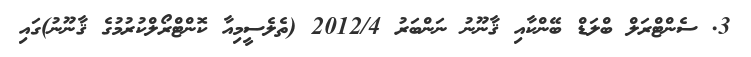
3. ސެންޓްރަލް ބްލަޑް ބޭންކާއި ޤާނޫނު ނަންބަރު 2012/4 (ތެލެސީމިއާ ކޮންޓްރޯލްކުރުމުގެ ޤާނޫނު)ގައި